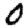
Digit: 0